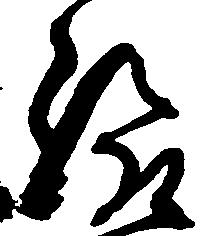
給